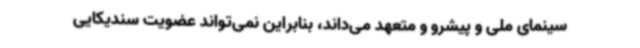
سینمای ملی و پیشرو و متعهد می‌داند، بنابراین نمی‌تواند عضویت سندیکایی